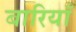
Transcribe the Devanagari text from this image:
बारियाँ